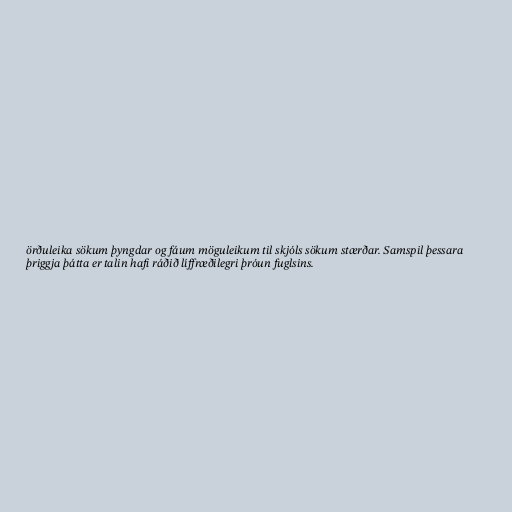
örðuleika sökum þyngdar og fáum möguleikum til skjóls sökum stærðar. Samspil þessara
þriggja þátta er talin hafi ráðið líffræðilegri þróun fuglsins.